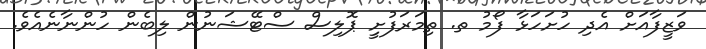
ވަޒީފާއަށް އެދި ހުށަހަޅާ ފޯމު ތ. ތިމަރަފުށިީ ޕޮލިސް ސްޓޭޝަނުން ލިބެން ހުންނާނެއެވެ.